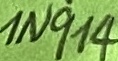
Text: 1N914